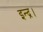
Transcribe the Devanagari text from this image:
इन्द्र।